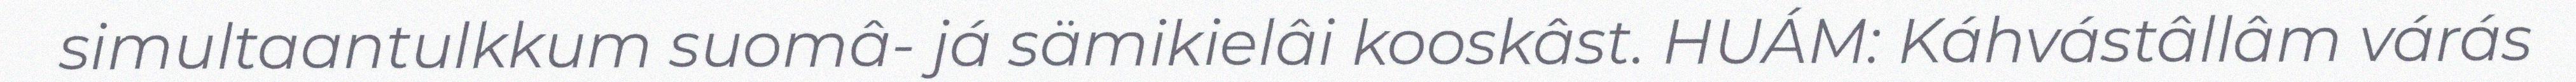
simultaantulkkum suomâ- já sämikielâi kooskâst. HUÁM: Káhvástâllâm várás